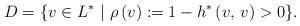
LaTeX: \begin{align*}D=\{v\in L^* \ |\ \rho \left( v\right) :=1-h^*\left( v,\, v\right) >0\}.\end{align*}